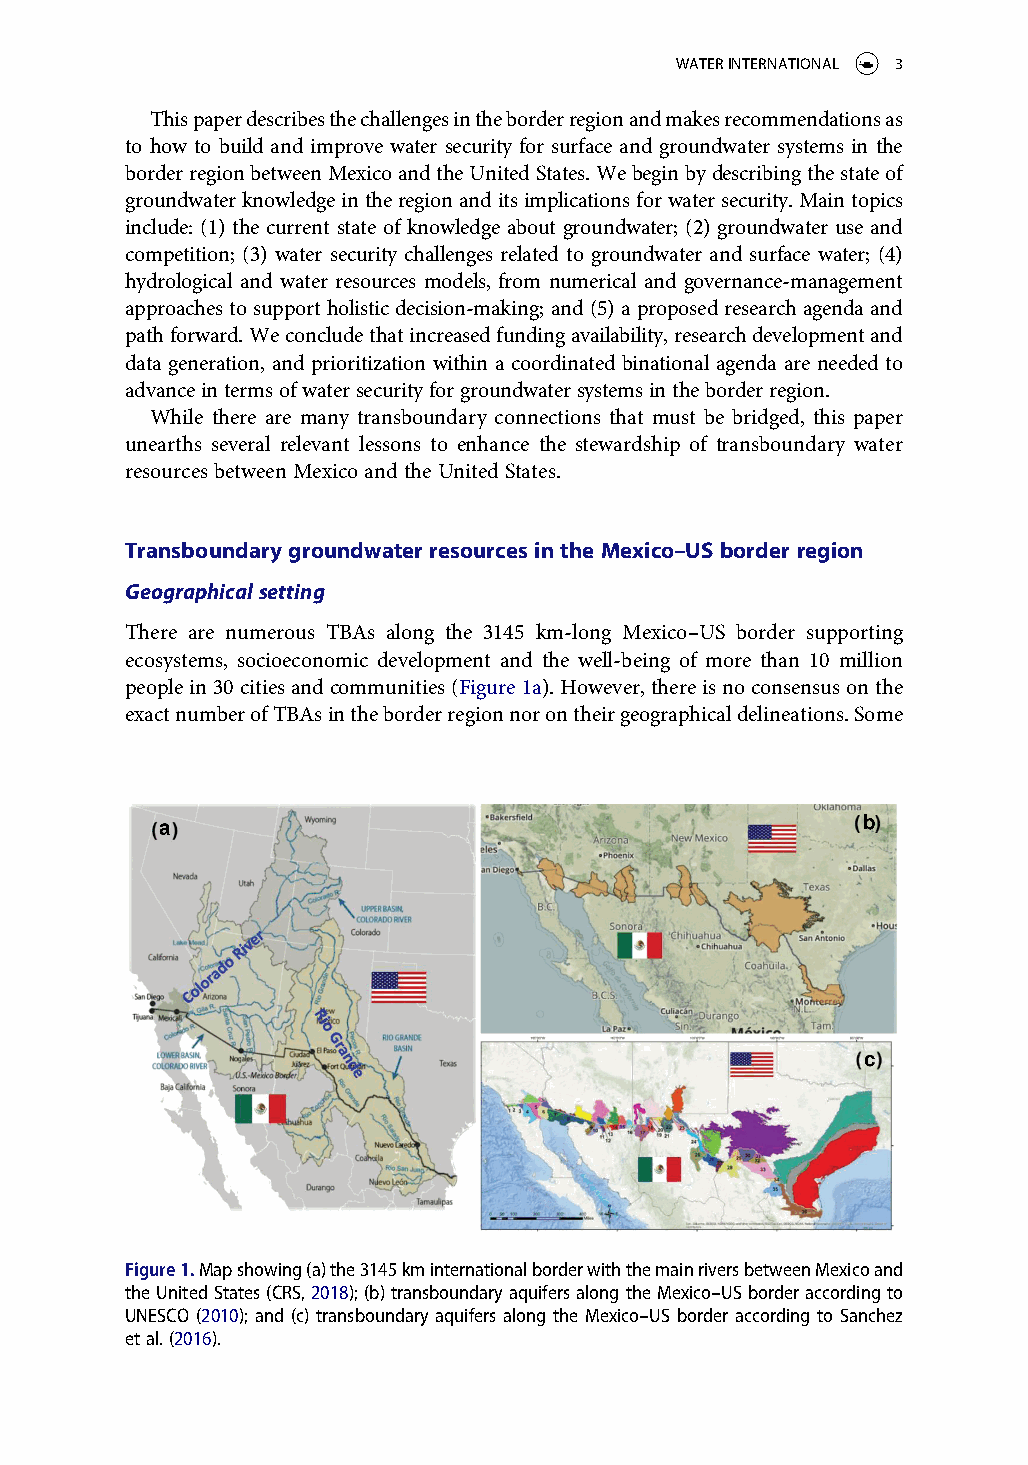
WATER INTERNATIONAL 3
 This paper describes the challenges in the border region and makes recommendations as
 to how to build and improve water security for surface and groundwater systems in the
 border region between Mexico and the United States. We begin by describing the state of
 groundwater knowledge in the region and its implications for water security. Main topics
 include: (1) the current state of knowledge about groundwater; (2) groundwater use and
 competition; (3) water security challenges related to groundwater and surface water; (4)
 hydrological and water resources models, from numerical and governance-management
 approaches to support holistic decision-making; and (5) a proposed research agenda and
 path forward. We conclude that increased funding availability, research development and
 data generation, and prioritization within a coordinated binational agenda are needed to
 advance in terms of water security for groundwater systems in the border region.
 While there are many transboundary connections that must be bridged, this paper
 unearths several relevant lessons to enhance the stewardship of transboundary water
 resources between Mexico and the United States.
 Transboundary groundwater resources in the Mexico–US border region
 Geographical setting
 There are numerous TBAs along the 3145 km-long Mexico–US border supporting
 ecosystems, socioeconomic development and the well-being of more than 10 million
 people in 30 cities and communities (Figure 1a). However, there is no consensus on the
 exact number of TBAs in the border region nor on their geographical delineations. Some
 Figure 1. Map showing (a) the 3145 km international border with the main rivers between Mexico and
 the United States (CRS, 2018); (b) transboundary aquifers along the Mexico–US border according to
 UNESCO (2010); and (c) transboundary aquifers along the Mexico–US border according to Sanchez
 et al. (2016).